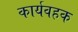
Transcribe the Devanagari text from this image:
कार्यवहक